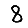
Digit: 8